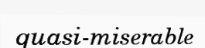
quasi-miserable